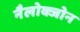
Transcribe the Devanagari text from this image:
नैलोक्जोन